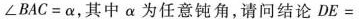
∠B A C= α $$，其中α为任意钝角，请问结论$$ D E=